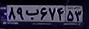
۸۹ب۶۷۴۵۳